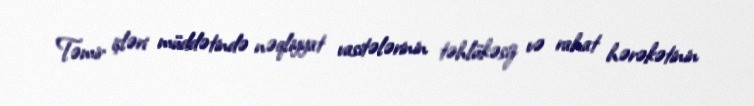
Təmir işləri müddətində nəqliyyat vasitələrinin təhlükəsiz və rahat hərəkətinin